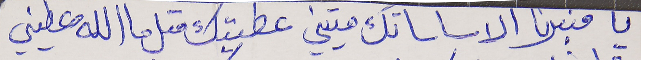
يا منبرنا الاساساتك متيني    عطيتك متل ما الله عطيني